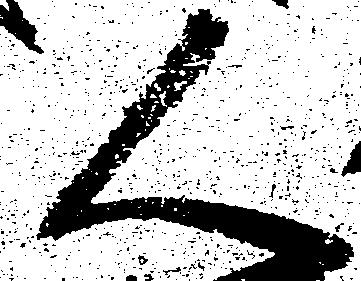
人